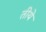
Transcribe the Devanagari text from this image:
तीये